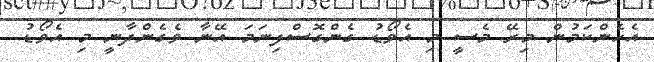
އެހެންކަމުން މިރޭ މެސީ މި އެވޯޑު ގެންގޮސްފިނަމަ އޭނާ ވެގެންދާނީ މި އެވޯޑު